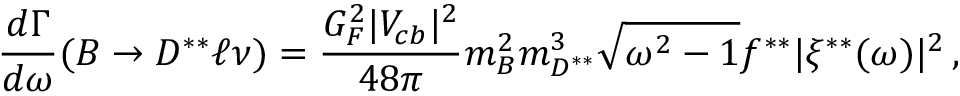
{ \frac { d \Gamma } { d \omega } } ( B \to D ^ { * * } \ell \nu ) = { \frac { G _ { F } ^ { 2 } | V _ { c b } | ^ { 2 } } { 4 8 \pi } } m _ { B } ^ { 2 } m _ { D ^ { * * } } ^ { 3 } \sqrt { \omega ^ { 2 } - 1 } f ^ { * * } | \xi ^ { * * } ( \omega ) | ^ { 2 } \, ,